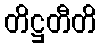
တိဋ္ဌတီတိ